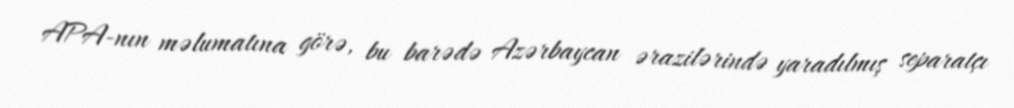
APA-nın məlumatına görə, bu barədə Azərbaycan ərazilərində yaradılmış separatçı